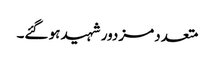
متعدد مزدور شہید ہو گئے۔